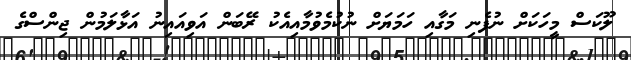
ލޫކަސް މީހަކަށް ނުފެނި މަގާއި ހަމަޔަށް ނުކުމެވުމާއިއެކު ރޭބަން އަވިއައިނު އަޅާލަމުން ޖިންސްގެ